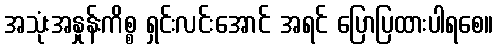
အသုံးအနှုန်းကိစ္စ ရှင်းလင်းအောင် အရင် ပြောပြထားပါရစေ။